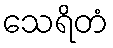
သေရိတံ